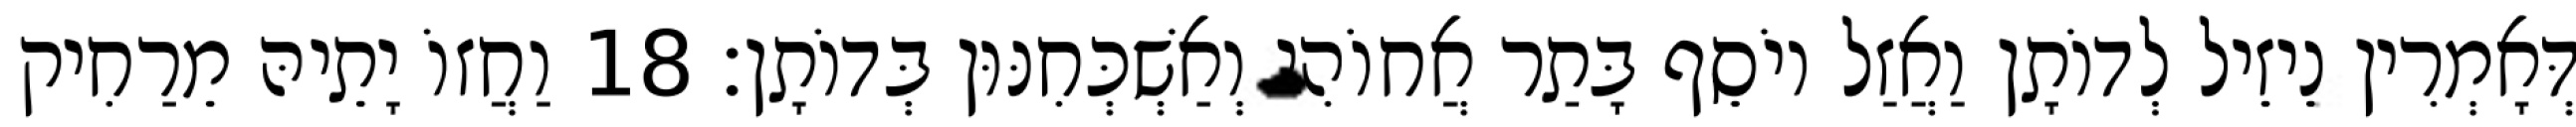
דְּאָמְרִין נֵיזֵיל לְדוֹתָן וַאֲזַל יוֹסֵף בָּתַר אֲחוֹהִי וְאַשְׁכְּחִנּוּן בְּדוֹתָן׃ 18 וַחֲזוֹ יָתֵיהּ מֵרַחִיק